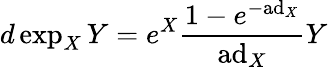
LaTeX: d\exp_{X}Y=e^{X}{\frac{1-e^{-\mathrm{ad}_{X}}}{\mathrm{ad}_{X}}}Y